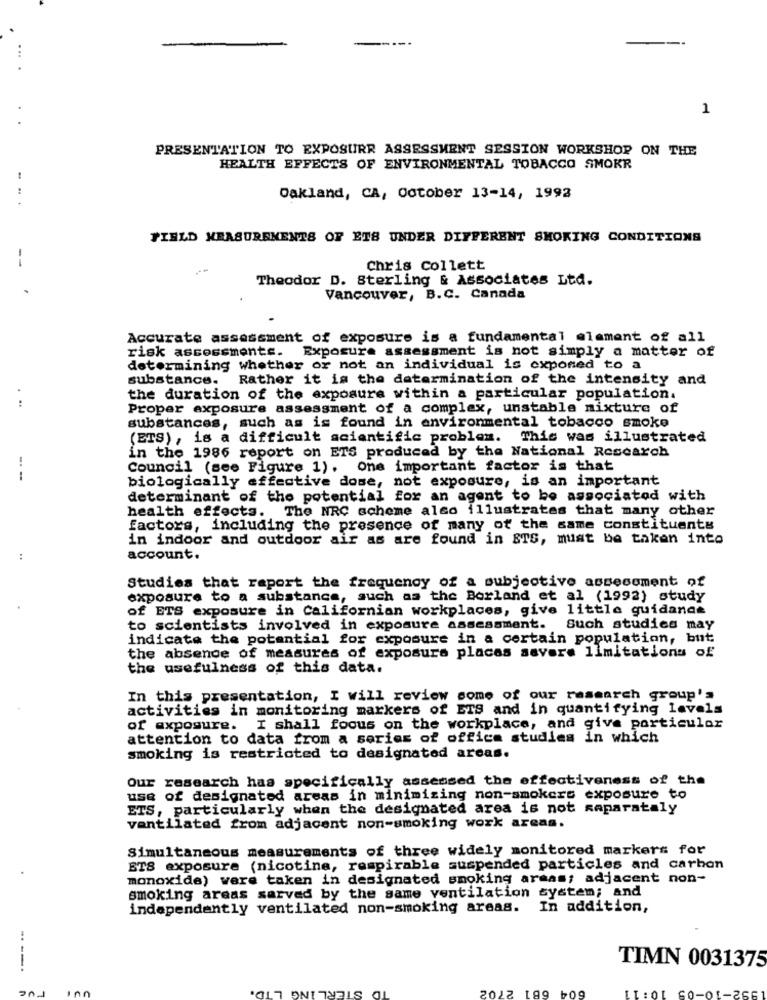
1
PRESENTATION TO EXPOSURE ASSESSMENT SESSION WORKSHOP ON THE
HEALTH EFFECTS OF ENVIRONMENTAL TOBACCO SMOKR
..
Oakland, CA, October 13-14, 1992
FIELD MEASUREMENTS OF ETS UNDER DIFFERENT SMOKING CONDITIONS
--
Chris Collett
Theodor D. Sterling & Associates Ltd.
Vancouver, B.C. Canada
Accurate assessment of exposure is a fundamental element of all
risk assessments. Exposure assessment is not simply a matter of
determining whether or not an individual is exposed to a
substance. Rather it is the determination of the intensity and
the duration of the exposure within a particular population.
. ..
Proper exposure assessment of a complex, unstable mixture of
substances, such as is found in environmental tobacco smoke
(ETS), is a difficult scientific problem. This was illustrated
in the 1986 report on ETS produced by the National Research
Council (see Figure 1). One important factor is that
--
biologically effective dose, not exposure, is an important
determinant of the potential for an agent to be associated with
health effects. The NRC scheme also illustrates that many other
factors, including the presence of many of the same constituents
in indoor and outdoor air as are found in STS, must be taken into
account.
Studies that report the frequency of a subjective assessment of
exposure to a substance, such as the Borland et al (1992) study
of ETS exposure in Californian workplaces, give little guidance
to scientists involved in exposure assessment. Such studies may
indicate the potential for exposure in a certain population, but
the absence of measures of exposure placas aavere limitations of
the usefulness of this data.
In this presentation, I will review some of our research group's
activities in monitoring markers of ETS and in quantifying levels
of exposure. I shall focus on the workplace, and give particular
attention to data from a series of office studies in which
smoking is restricted to designated areas.
Our research has specifically assessed the effectiveness of the
use of designated areas in minimizing non-smokers exposure to
ETS, particularly when the designated area is not saparataly
ventilated from adjacent non-smoking work areas.
Simultaneous measurements of three widely monitored markers for
ETS exposure (nicotine, respirable suspended particles and carbon
monoxide) were taken in designated smoking areas; adjacent non-
smoking areas sarved by the same ventilation system; and
independently ventilated non-smoking areas. In addition,
..--.
TIMN 0031375
LING
TD STERL
604 681 2702